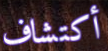
أكتشاف